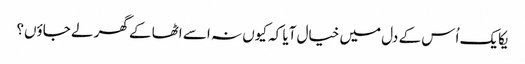
یکایک اُس کے دل میں خیال آیا کہ کیوں نہ اسے اٹھا کے گھر لے جاؤں؟